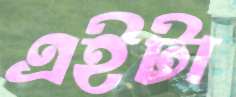
এইটা